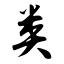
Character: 类